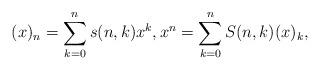
LaTeX: \begin{align*} (x)_n=\sum_{k=0}^n s(n,k)x^k,x^n=\sum_{k=0}^n S(n,k) (x)_k,\end{align*}